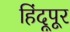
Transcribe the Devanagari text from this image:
हिंदूपूर